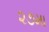
૨૭મા